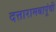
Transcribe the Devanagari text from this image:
दत्तारामबापूंची